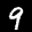
Label: 9